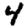
Digit: 4